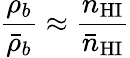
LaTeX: \frac{\rho_{b}}{\bar{\rho}_{b}}\approx\frac{{n}_{\mathrm{HI}}}{\bar{n}_{\mathrm{HI}}}